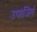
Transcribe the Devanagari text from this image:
उपाजिर्त